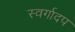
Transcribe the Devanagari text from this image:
स्वर्गादप